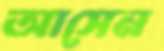
আসেন